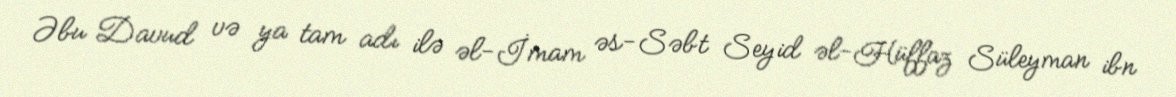
Əbu Davud və ya tam adı ilə əl-İmam əs-Səbt Seyid əl-Hüffaz Süleyman ibn